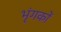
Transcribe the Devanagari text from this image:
भृंगकों